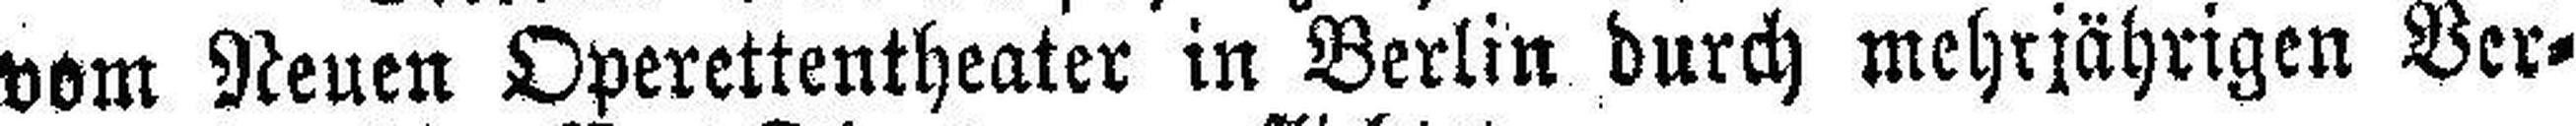
vom Neuen Operettentheater in Berlin durch mehrjährigen Ver¬